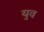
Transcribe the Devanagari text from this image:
युव